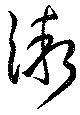
漸